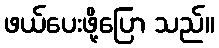
ဖယ်ပေးဖို့ပြော သည်။